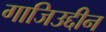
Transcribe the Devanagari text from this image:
गाजिउद्दीन